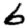
Digit: 6